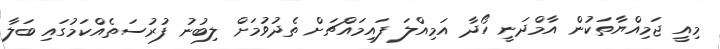
މިއީ ޖަމިއްޔާތަކުން އާމްދަނީ ހޯދާ އަމިއްލަ ފައިމައްޗަށް ތެދުވުމަށް ލިބުނު ފުރުސަތެއްކަމުގައި ބަލާ